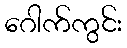
ဂေါက်ကွင်း